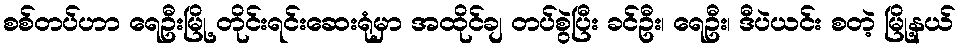
စစ်တပ်ဟာ ရေဦးမြို့ တိုင်းရင်းဆေးရုံမှာ အထိုင်ချ တပ်စွဲပြီး ခင်ဦး၊ ရေဦး၊ ဒီပဲယင်း စတဲ့ မြို့နယ်